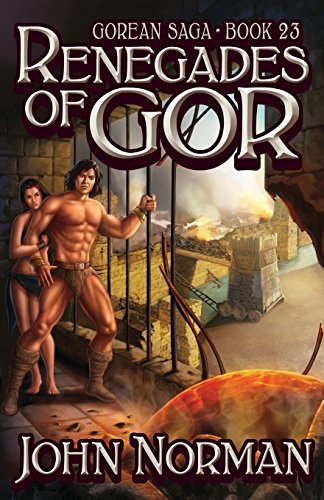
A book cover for Renegades of Gor (Gorean Saga); John Norman; Romance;